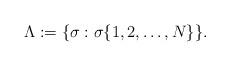
LaTeX: \begin{align*}\Lambda:= \{\sigma: \sigma \{1,2,\ldots, N\}\}. \end{align*}